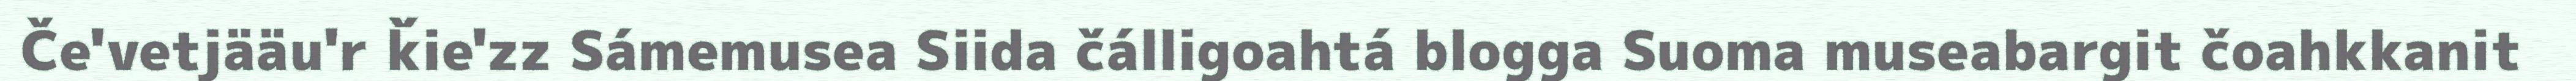
Če'vetjääu'r ǩie'zz Sámemusea Siida čálligoahtá blogga Suoma museabargit čoahkkanit